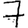
Digit: 7